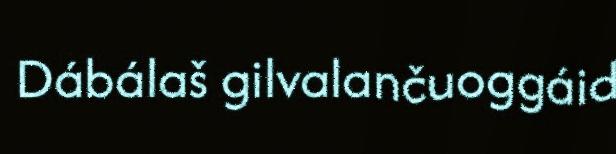
Dábálaš gilvalančuoggáid